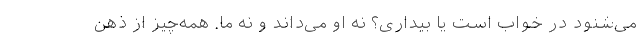
می‌شنود در خواب است یا بیداری؟ نه او می‌داند و نه ما. همه‌چیز از ذهن